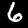
Label: 6